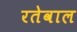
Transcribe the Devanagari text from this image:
रतेवाल